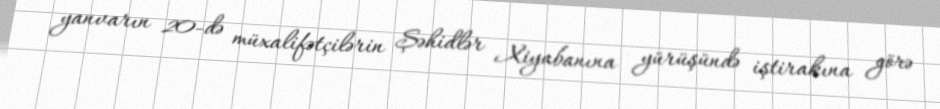
yanvarın 20-də müxalifətçilərin Şəhidlər Xiyabanına yürüşündə iştirakına görə